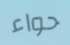
حواء